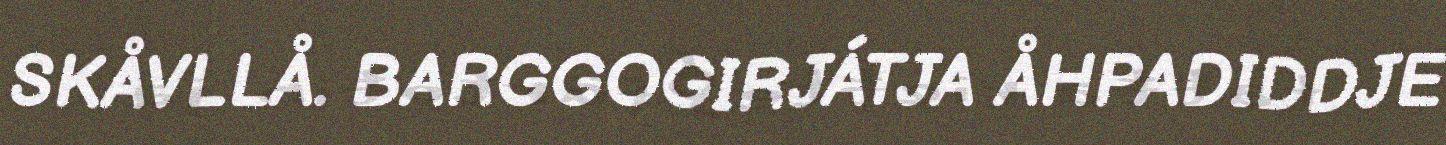
SKÅVLLÅ. BARGGOGIRJÁTJA ÅHPADIDDJE